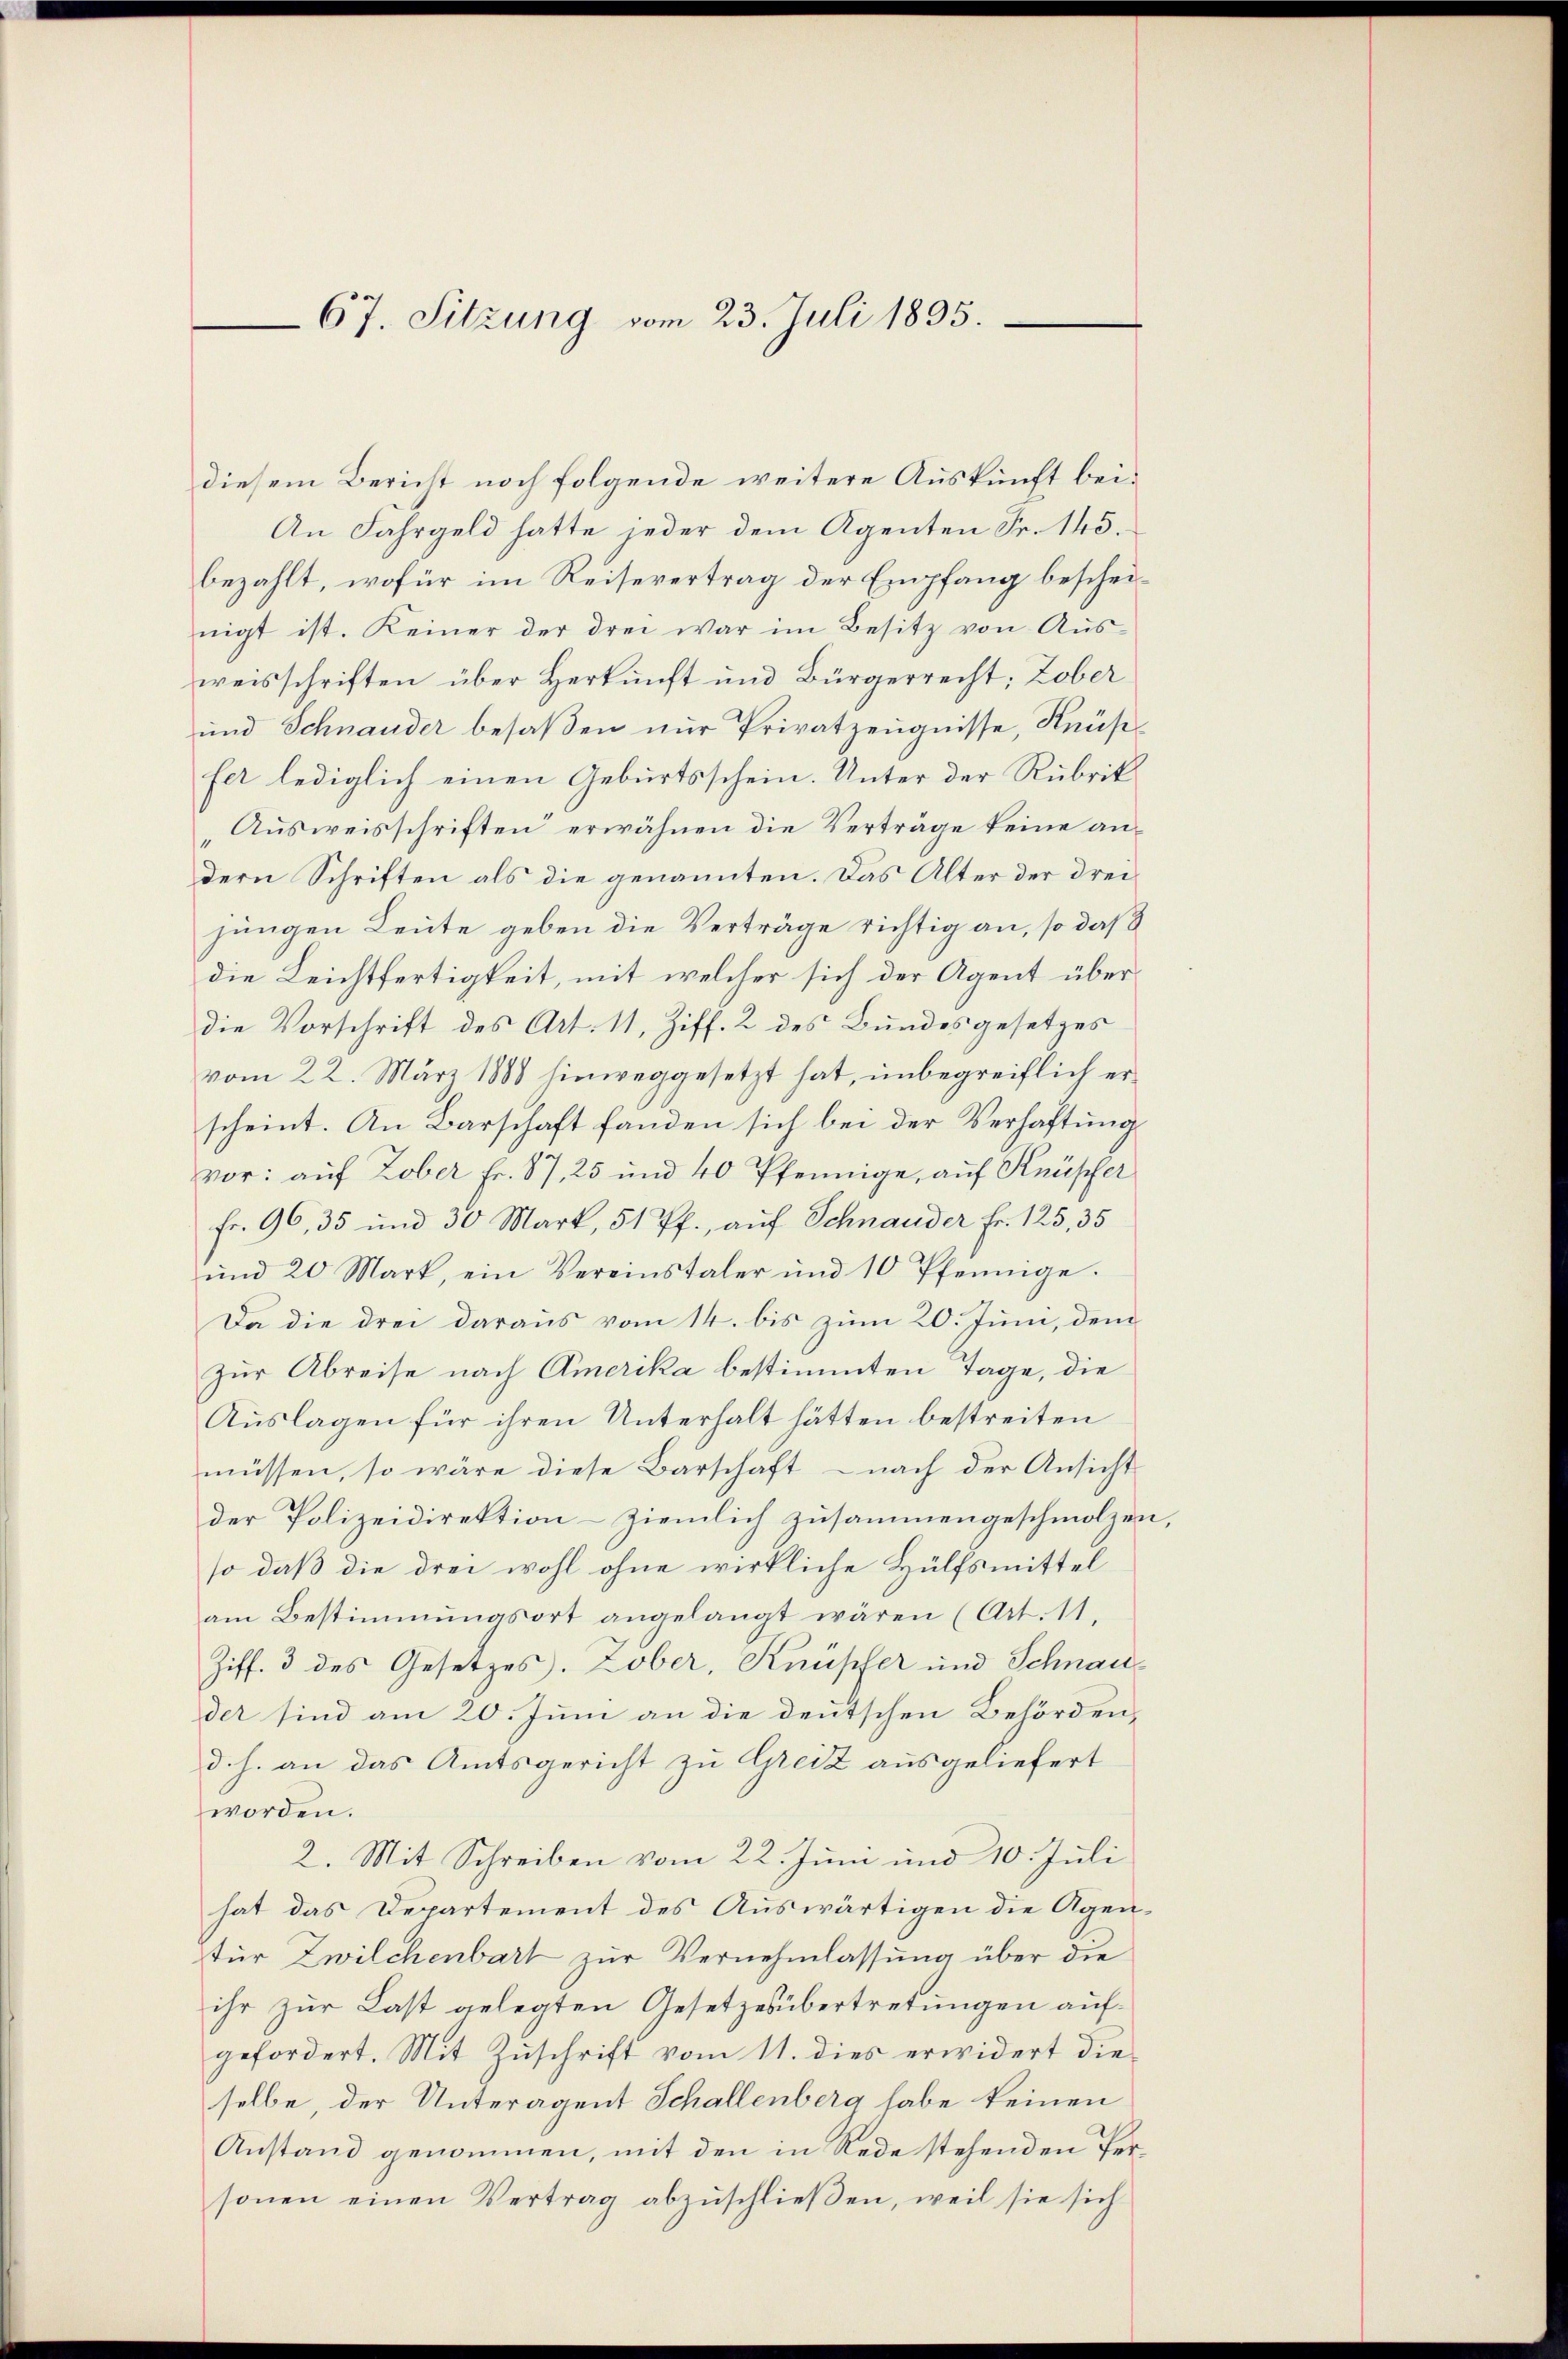
67. Sitzung vom 23. Juli 1895.

diesem Bericht noch folgende weitere Auskunft bei¬
An Fahrgeld hatte jeder dem Agenten Fr. 145.
bezahlt, wofür im Reisevertrag der Empfang bescheinigt ist. Keiner der drei war im Besitz von Aus-
weisschriften über Herkunft und Bürgerrecht; Zober
und Schnauder besaßen nur Privatzeugnisse, Knüse
fer lediglich einen Geburtsschein. Unter der Rubrik
Ausweisschriften erwähnen die Verträge keine andern Schriften als die genannten. Das Alter der dreijungen Leute geben die Verträge richtig an, so daß
die Leichtfertigkeit, mit welcher sich der Agent überdie Vorschrift des Art. 11, Ziff. 2 des Bundesgesetzes
vom 22. März 1888 hinweggesetzt hat, unbegreiflich erscheint. An Barschaft fanden sich bei der Verhaftung
vor: auf Zober Fr. 87, 25 und 40 Pfennige, auf Knüpfer
Fr. 96, 35 und 30 Mark, 51 Pf., auf Schnauder Fr. 125, 35
ŭnd 20 Mark, ein Vereinstaler und 10 Pfennige.
Da die drei daraus vom 14. bis zum 20. Juni, dem
Zur Abreise nach Amerika bestimmten Tage, die
Auslagen für ihren Unterhalt hätten bestreiten
müssen, so wäre diese Barschaft - nach der Ansicht
der Polizeidirektion ziemlich zusammengeschmolzen,
so daß die drei wohl ohne wirkliche Hülfsmittel
am Bestimmungsort angelangt wären (Art. 11.
Ziff. 3 des Gesetzes. Zober, Knüpfer und Schnauder sind am 20. Juni an die deutschen Behörden,
d. h. an das Amtsgericht zu Greiz ausgeliefert
worden.
2. Mit Schreiben vom 22. Juni und 10. Juli
hat das Departement des Auswärtigen die Agenfür Zwilchenbart zur Vernehmlassung über die
ihr zur Last gelegten Gesetzesübertretungen aufgefordert. Mit Zŭschrift vom 11. dies erwidert die
selbe, der Unteragent Schallenberg habe keinen
Anstand genommen, mit den in Rede stehenden Personen einen Vertrag abzuschließen, weil sie sich